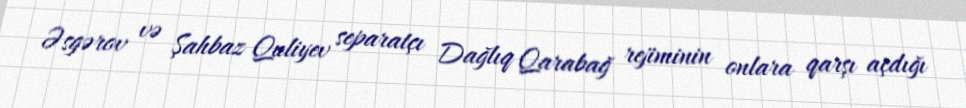
Əsgərov və Şahbaz Quliyev separatçı Dağlıq Qarabağ rejiminin onlara qarşı açdığı